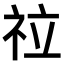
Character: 𥘸